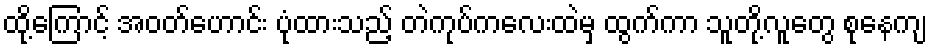
ထို့ကြောင့် အဝတ်ဟောင်း ပုံထားသည့် တဲကုပ်ကလေးထဲမှ ထွက်ကာ သူတို့လူတွေ စုနေကျ